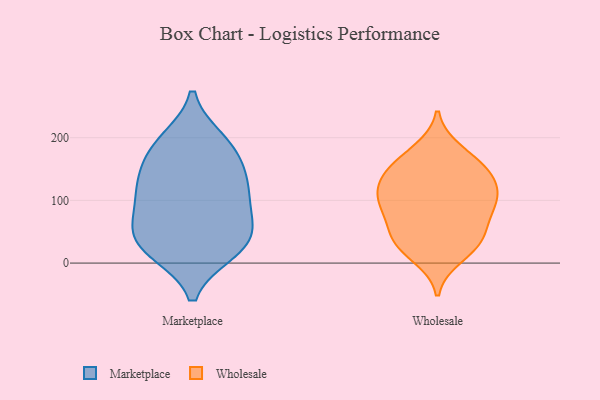
{"axis": {"x": "Backlog", "y": "Value"}, "legend": ["Marketplace", "Wholesale"], "data": [{"x": "", "y": 30, "type": "Marketplace"}, {"x": "", "y": 107, "type": "Marketplace"}, {"x": "", "y": 139, "type": "Marketplace"}, {"x": "", "y": 53, "type": "Marketplace"}, {"x": "", "y": 183, "type": "Marketplace"}, {"x": "", "y": 92, "type": "Marketplace"}, {"x": "", "y": 67, "type": "Marketplace"}, {"x": "", "y": 122, "type": "Marketplace"}, {"x": "", "y": 20, "type": "Marketplace"}, {"x": "", "y": 41, "type": "Marketplace"}, {"x": "", "y": 185, "type": "Marketplace"}, {"x": "", "y": 138, "type": "Marketplace"}, {"x": "", "y": 19, "type": "Marketplace"}, {"x": "", "y": 195, "type": "Marketplace"}, {"x": "", "y": 147, "type": "Wholesale"}, {"x": "", "y": 100, "type": "Wholesale"}, {"x": "", "y": 136, "type": "Wholesale"}, {"x": "", "y": 35, "type": "Wholesale"}, {"x": "", "y": 146, "type": "Wholesale"}, {"x": "", "y": 86, "type": "Wholesale"}, {"x": "", "y": 95, "type": "Wholesale"}, {"x": "", "y": 94, "type": "Wholesale"}, {"x": "", "y": 139, "type": "Wholesale"}, {"x": "", "y": 120, "type": "Wholesale"}, {"x": "", "y": 47, "type": "Wholesale"}, {"x": "", "y": 57, "type": "Wholesale"}, {"x": "", "y": 101, "type": "Wholesale"}, {"x": "", "y": 180, "type": "Wholesale"}, {"x": "", "y": 38, "type": "Wholesale"}, {"x": "", "y": 10, "type": "Wholesale"}, {"x": "", "y": 171, "type": "Wholesale"}, {"x": "", "y": 23, "type": "Wholesale"}]}